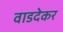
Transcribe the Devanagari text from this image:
वाडदेकर